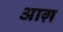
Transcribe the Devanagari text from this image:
आग़